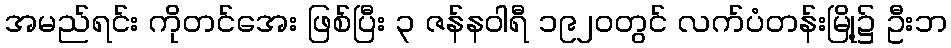
အမည်ရင်း ကိုတင်အေး ဖြစ်ပြီး ၃ ဇန်နဝါရီ ၁၉၂၀တွင် လက်ပံတန်းမြို့၌ ဦးဘ